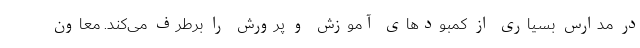
در مدارس بسیاری از کمبودهای آموزش و پرورش را برطرف می‌کند. معاون